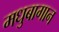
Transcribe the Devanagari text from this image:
मधुबागान